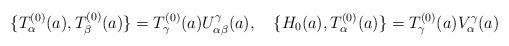
LaTeX: \begin{align*}\{ T^{(0)}_{\alpha}(a),T^{(0)}_{\beta}(a) \} =T^{(0)}_{\gamma}(a)U^{\gamma} _{\alpha\beta}(a), \quad\{ H_0(a),T^{(0)}_{\alpha}(a) \} =T^{(0)}_{\gamma}(a)V^{\gamma} _{\alpha}(a)\end{align*}